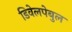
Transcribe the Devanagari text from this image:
डिवेलपेबुल